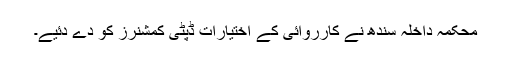
محکمہ داخلہ سندھ نے کارروائی کے اختیارات ڈپٹی کمشنرز کو دے دئیے۔